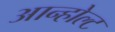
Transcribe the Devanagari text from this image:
आन्होल्ट